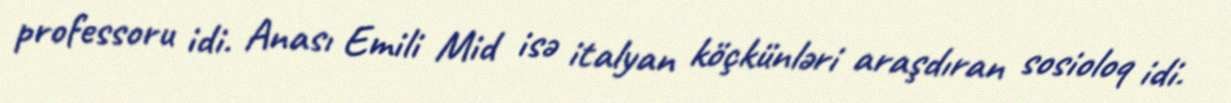
professoru idi. Anası Emili Mid isə italyan köçkünləri araşdıran sosioloq idi.